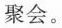
聚会。